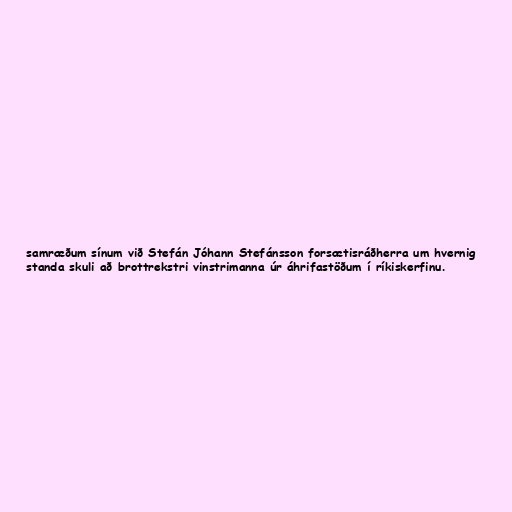
samræðum sínum við Stefán Jóhann Stefánsson forsætisráðherra um hvernig
standa skuli að brottrekstri vinstrimanna úr áhrifastöðum í ríkiskerfinu.